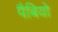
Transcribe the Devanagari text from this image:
पैबियो